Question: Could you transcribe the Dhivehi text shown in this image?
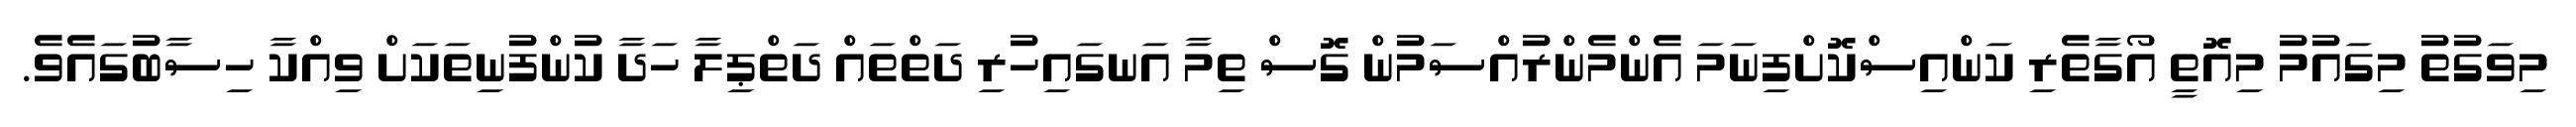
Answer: މިވަގުތު މިގައުމު މިއޮތީ އޯގާތެރި ކަންއިސްކޮށްފިނަމަ އެންމެންރުއްސަމުން ގޮސް ތިމާ އަނގައިހުރި ދަތްތައް ދަތްޕިލާ ހަދާ ކުންފުނިތަކަށް ވިއްކާ ހިސާބުގައެވެ.